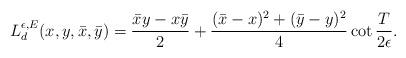
LaTeX: \begin{align*}L^{\epsilon,E}_d(x,y,\bar x, \bar y) = \frac{\bar x y - x \bar y}{2}+\frac{(\bar x-x)^2+(\bar y-y)^2}{4} \cot \frac{T}{2 \epsilon}.\end{align*}